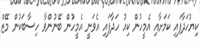
ކިޔުހަދާފައި ކަމަށާއި އެމީހުން ކިއު ހަދާފައި އެވަނީ އެމީހުން ބޭނުންވާ ހިސާބަކުން މޭޒް